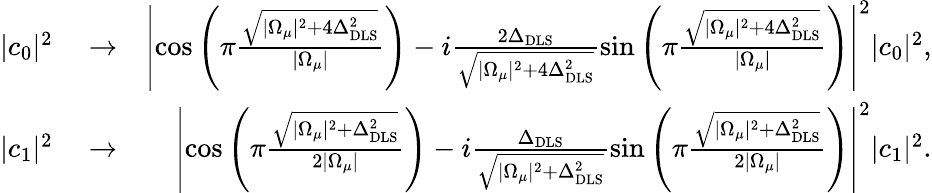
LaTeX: \begin{array}{rlr}{|c_{0}|^{2}}&{{}\rightarrow}&{\left|\cos\left(\pi\frac{\sqrt{|\Omega_{\mu}|^{2}+4\Delta_{\mathrm{DLS}}^{2}}}{|\Omega_{\mu}|}\right)-i\frac{2\Delta_{\mathrm{DLS}}}{\sqrt{|\Omega_{\mu}|^{2}+4\Delta_{\mathrm{DLS}}^{2}}}\sin\left(\pi\frac{\sqrt{|\Omega_{\mu}|^{2}+4\Delta_{\mathrm{DLS}}^{2}}}{|\Omega_{\mu}|}\right)\right|^{2}|c_{0}|^{2},}\\ {|c_{1}|^{2}}&{{}\rightarrow}&{\left|\cos\left(\pi\frac{\sqrt{|\Omega_{\mu}|^{2}+\Delta_{\mathrm{DLS}}^{2}}}{2|\Omega_{\mu}|}\right)-i\frac{\Delta_{\mathrm{DLS}}}{\sqrt{|\Omega_{\mu}|^{2}+\Delta_{\mathrm{DLS}}^{2}}}\sin\left(\pi\frac{\sqrt{|\Omega_{\mu}|^{2}+\Delta_{\mathrm{DLS}}^{2}}}{2|\Omega_{\mu}|}\right)\right|^{2}|c_{1}|^{2}.}\end{array}